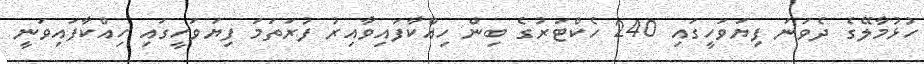
ހުޅުމާލޭގެ ދެވަނަ ފިޔަވަހީގައި 240 ހެކްޓަރުގެ ބިން ހިއްކާފައިވާއިރު ފުރަތަމަ ފިޔަވަހީގައި ހިއްކާފައިވަނީ